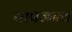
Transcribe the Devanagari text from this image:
तापजन्य